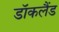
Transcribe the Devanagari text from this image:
डॉकलैंड